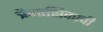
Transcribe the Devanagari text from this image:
त्रैमासिकाची